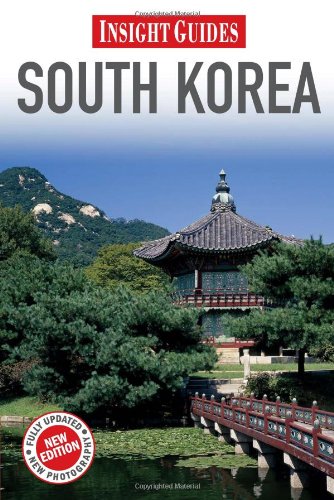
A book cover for South Korea (Insight Guides); Ray Bartlett; Travel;